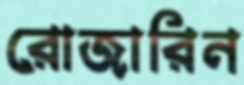
রোজারিন